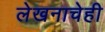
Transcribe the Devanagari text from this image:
लेखनाचेही